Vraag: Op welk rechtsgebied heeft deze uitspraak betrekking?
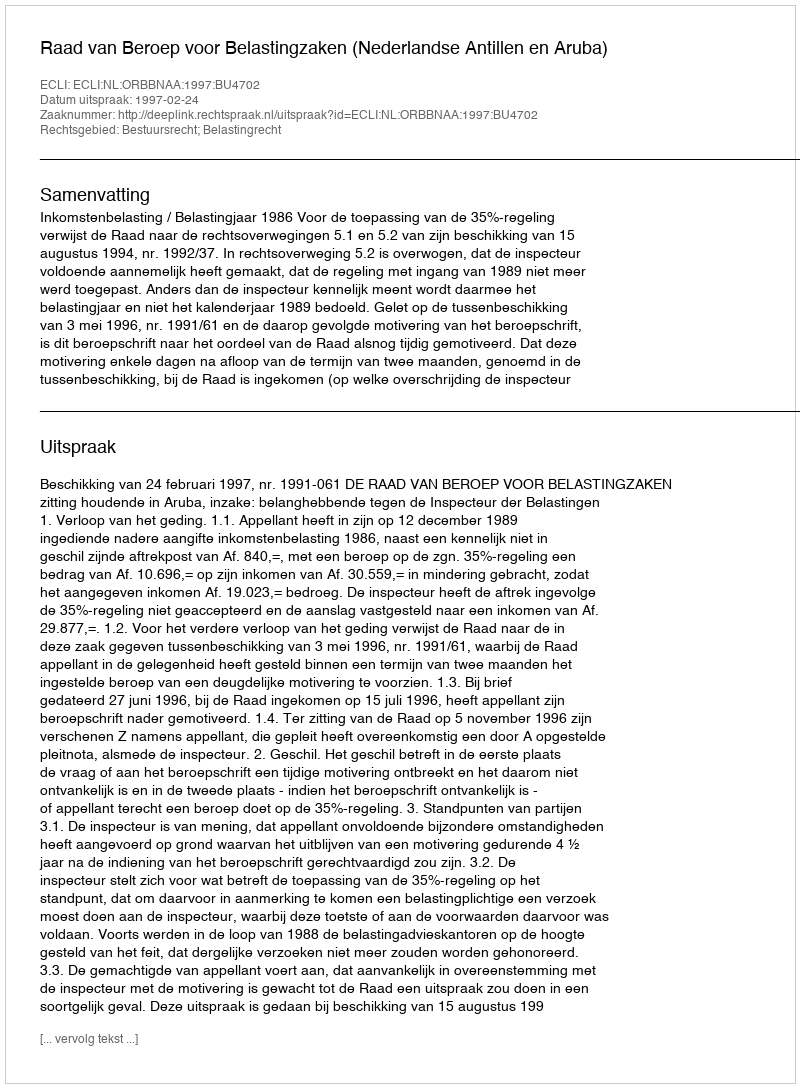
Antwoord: Bestuursrecht; Belastingrecht